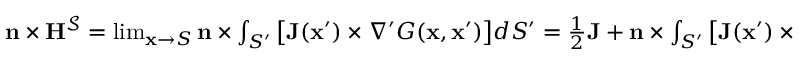
\begin{array} { r } { \mathbf { n } \times \mathbf { H } ^ { \mathcal { S } } = \operatorname* { l i m } _ { \mathbf { x } \to S } \mathbf { n } \times \int _ { S ^ { \prime } } \big [ \mathbf { J } ( \mathbf { x } ^ { \prime } ) \times \nabla ^ { \prime } G ( \mathbf { x } , \mathbf { x } ^ { \prime } ) \big ] d S ^ { \prime } = \frac { 1 } { 2 } \mathbf { J } + \mathbf { n } \times \int _ { S ^ { \prime } } \big [ \mathbf { J } ( \mathbf { x } ^ { \prime } ) \times \nabla ^ { \prime } G ( \mathbf { x } , \mathbf { x } ^ { \prime } ) \big ] d S ^ { \prime } , } \end{array}